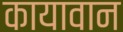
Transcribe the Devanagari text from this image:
कायावान